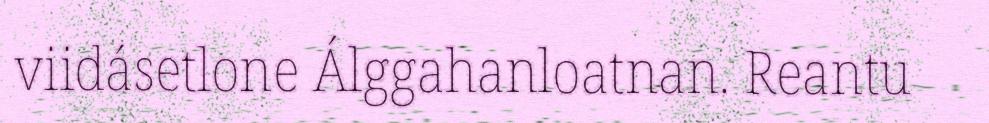
viidásetlone Álggahanloatnan. Reantu